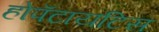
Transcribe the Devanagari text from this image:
होपॅटायटिस